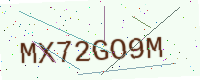
Text: MX72GO9M